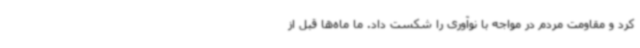
کرد و مقاومت مردم در مواجه با نوآوری را شکست داد. ما ماه‌ها قبل از